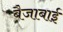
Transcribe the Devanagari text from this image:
बैजाबाई